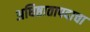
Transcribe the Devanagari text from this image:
अधिष्ठातापदाचा